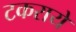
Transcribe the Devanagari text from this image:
टकरायें